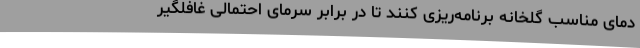
دمای مناسب گلخانه برنامه‌ریزی کنند تا در برابر سرمای احتمالی غافلگیر